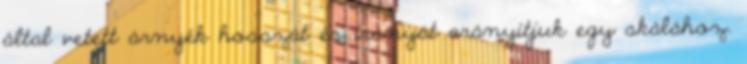
által vetett árnyék hosszát és irányát arányítjuk egy skálához.